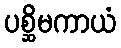
ပစ္ဆိမကာယံ